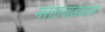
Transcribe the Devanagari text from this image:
मराठवाडयाला